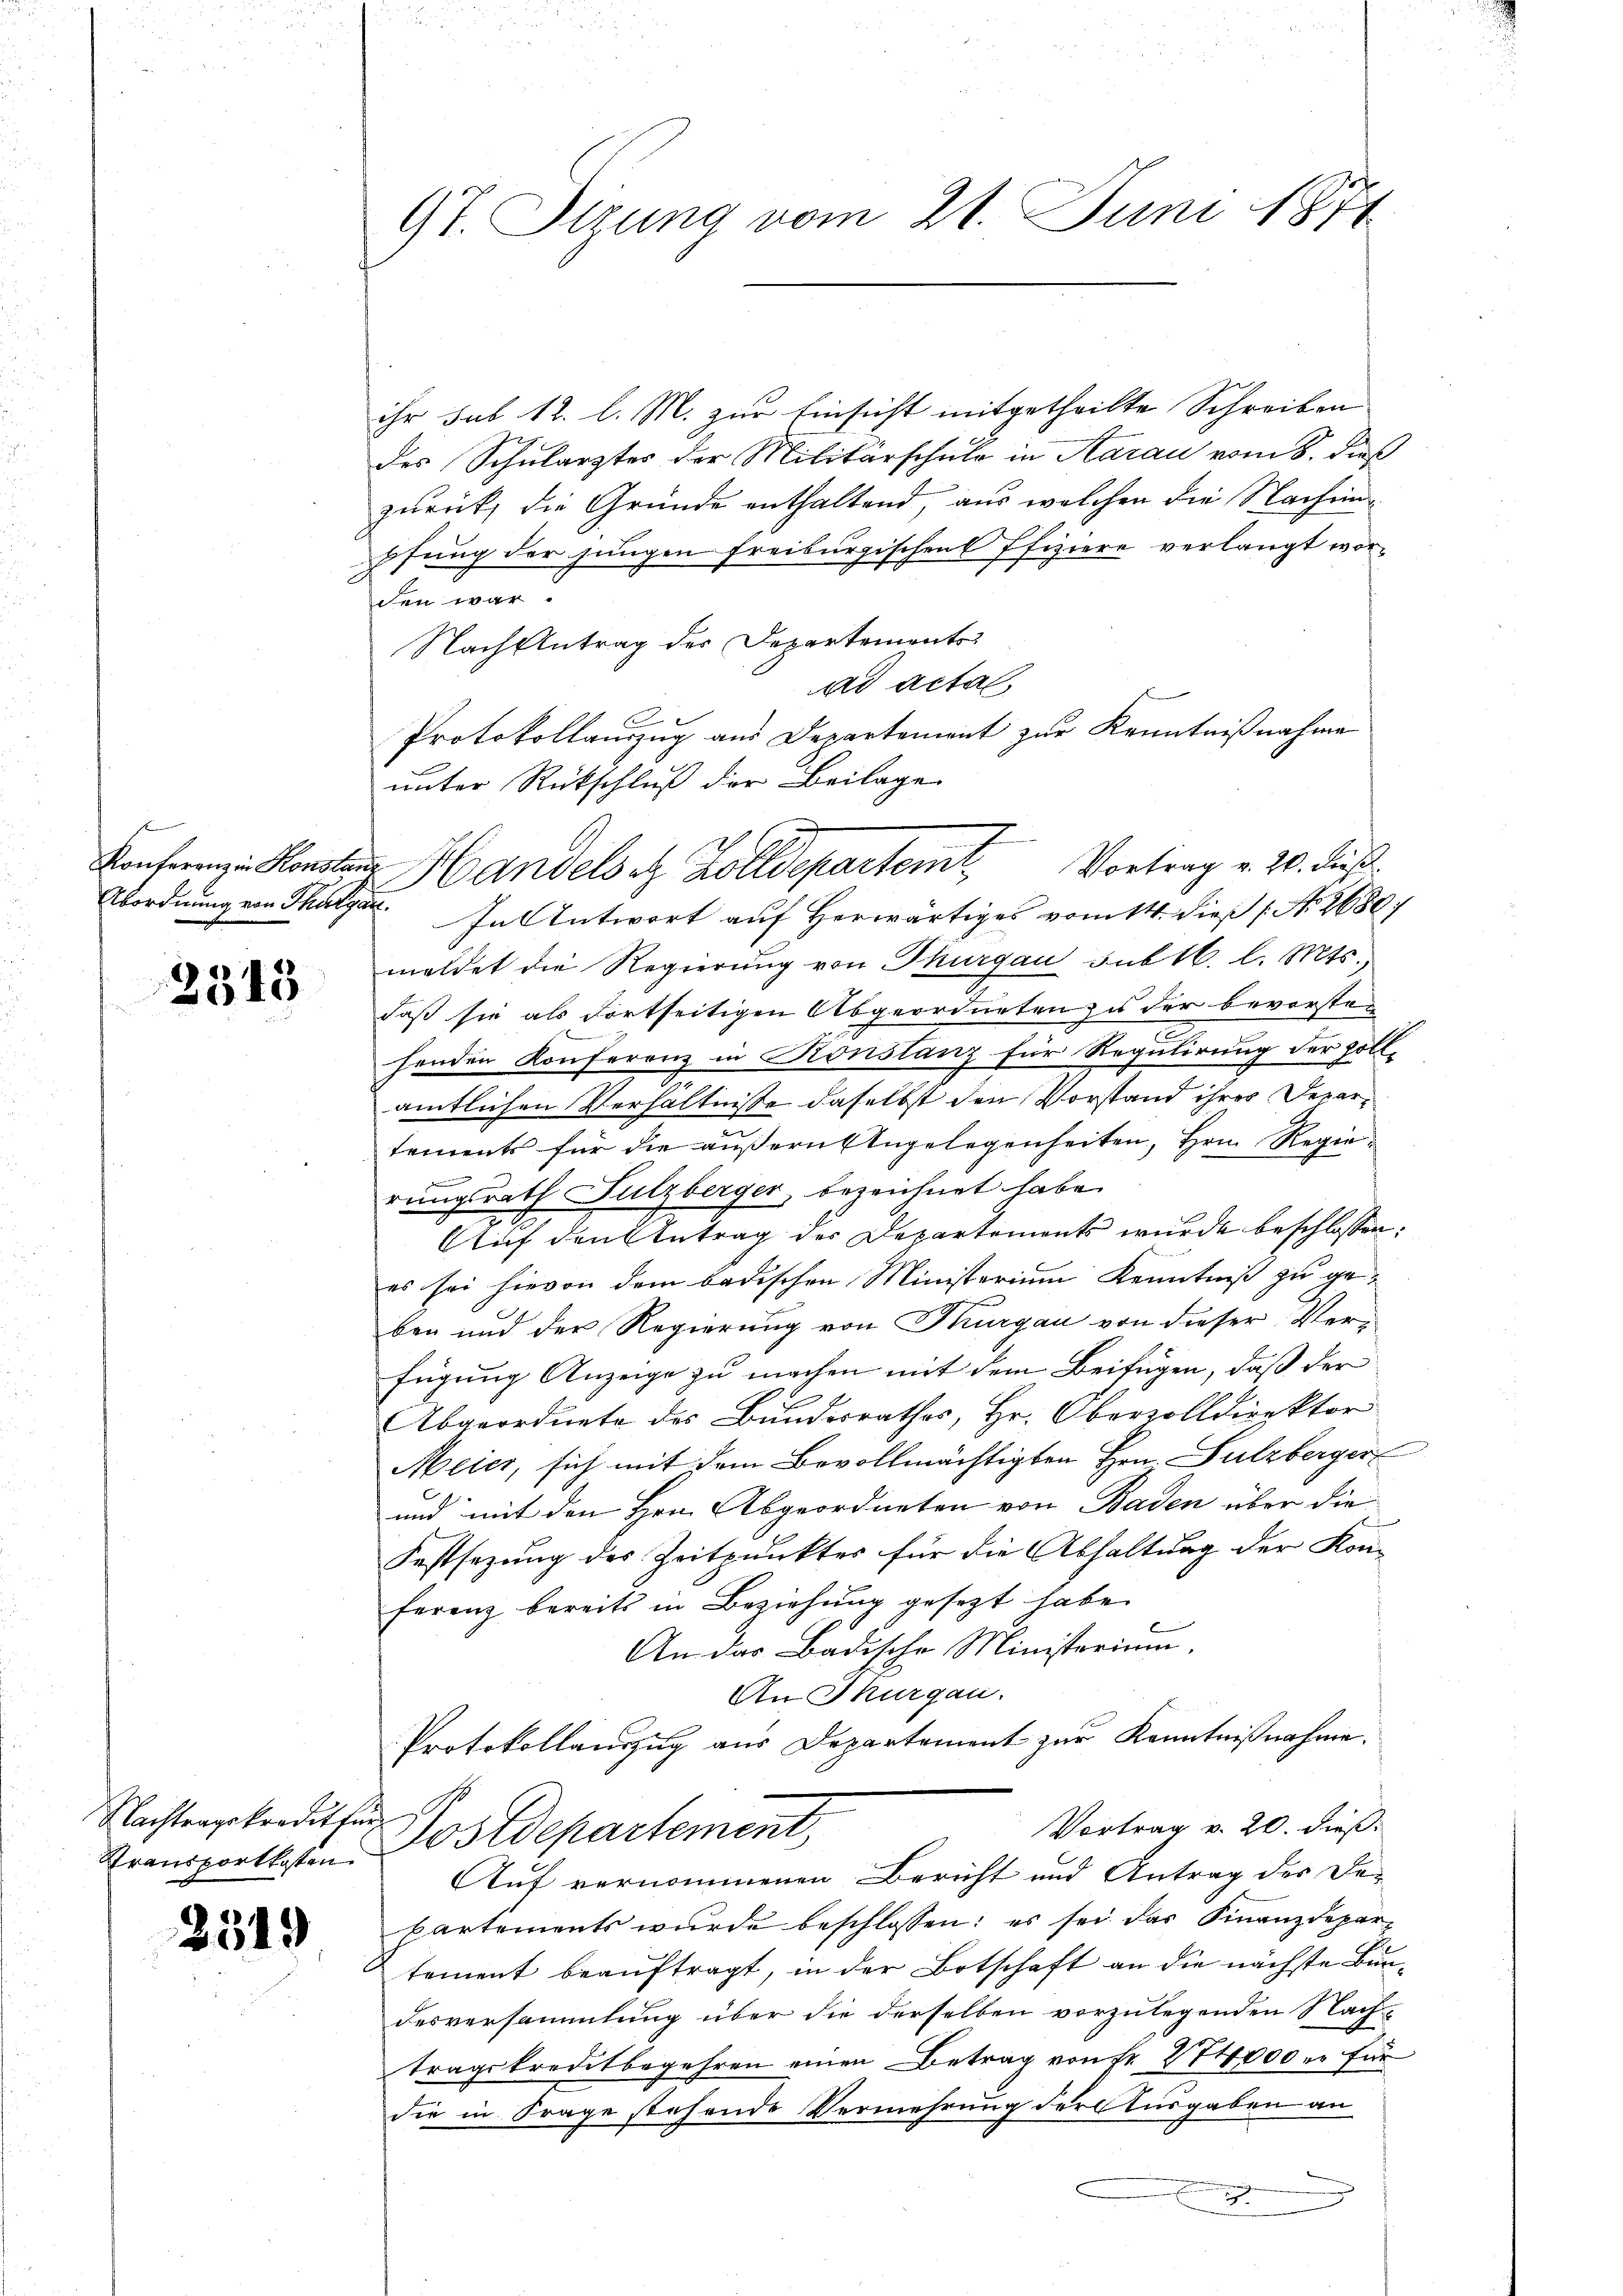
s
Konferenz in Konstan
Abordnung von Thurga

2345

Nachtragskredit für
Transportkosten

2519

9t. Sitzung vom 21. Juni 1874

ihr sub 12. l. M. zur Einsicht mitgetheilte Schreiben
des Schulärztes der Militärschule in Aarau vom 8. dieß
zurück, die Gründe enthaltend, aus welchen die Nachenpfung der jungen freiburgischen Pfiziere verlangt worden war.
Nach Antrag des Departements
ad actal
Protokollauszug aus Departement zur Kenntnißnahme
unter Rückschluß der Beilage
 In Antwort auf Herwärtiges vom 14. dieß (N. 2680
meldet die Regierung von Thurgau subt. l. Mts.
daß sie als Fortseitigen Abgeordneten zu der bevorsten
henden Konferenz in Konstanz für Regulirung der soll.
amtlichen Verhältnisse daselbst den Vorstand ihres Departements für die äußern Engelegenheiten, Hrn. Regierungsrath Sulzberger, bezeichnet habe.
Auf den Antrag der Departements wurde beschlossen:
es sei hievon dem badischen Ministerium Kenntniß zu geben und der Regierung von Thurgau von dieser Verfügung Anzeige zu machen mit dem Beifügen, daß der
Abgeordnete des Bundesrathes, Hr. Obervolldirektor
Meier, sich mit dem Bevollmächtigten Hrn. Sulzberger
und mit den Hrn. Abgeordneten von Baden über die
Festsezung des Zeitpunktes für die Abhaltung der Kon-
ferenz bereits in Beziehung gesetzt habe.
An das Badische Ministerium.
An Thurgau.
Protokollauszug aus Departement zur Kenntnißnahme.
J
Vortrag v. 20. dieß.
Postdepartement,
Auf vernommenen Bericht und Antrag des De-
partements wurde beschlossen: es sei das Finanzdepartement beauftragt, in der Botschaft an die nächste Bundesversammlung über die derselben vorzulegenden Nachtragskreditbegehren einen Betrag von Fr. 24000 u. für
die in Frage stehende Vermehrung der Ausgaben an
x
2

Handelsch. Zolldepartemt Vortrag v. 20. dieß